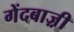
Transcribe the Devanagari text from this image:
गेंदबाज़़ी